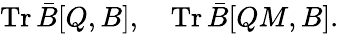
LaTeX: \mathrm{Tr}\, \bar{B}[Q,B],\quad\mathrm{Tr}\, \bar{B}[QM,B].